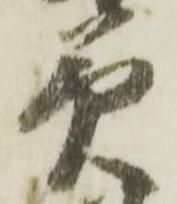
美